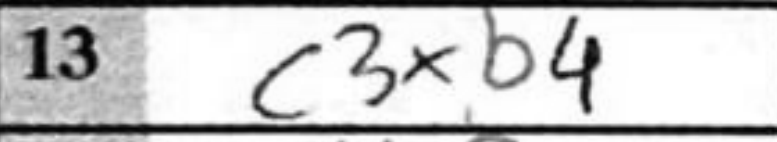
Transcription: c3xb4